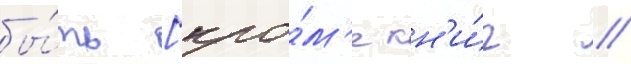
бы́ть [кро́м'е кн'и́г //